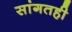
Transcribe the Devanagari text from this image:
सांगतही